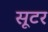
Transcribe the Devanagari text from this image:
सूटर